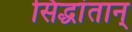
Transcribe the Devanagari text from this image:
सिद्धांतान्